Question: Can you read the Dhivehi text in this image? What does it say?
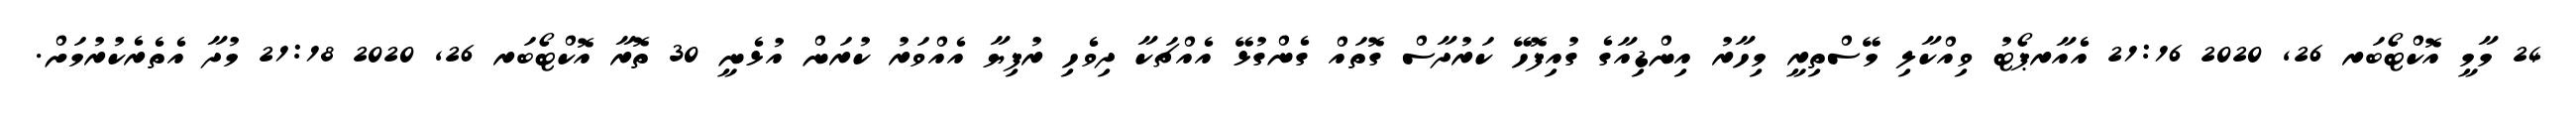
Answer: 24 މާމީ އޮކްޓޯބަރ 26, 2020 21:16 އެއާރޕޯޓު ވިއްކާލި މޭސްތިރީ މިހާރު އިންޑިއާގެ ގުއިފޮހޭ ކަރުދާސް ގޮތައް ގެންގުޅޭ އެއްޗަކާ ދިވެހި ރުފިޔާ އެއްވަރު ކުރަން އުޅެނީ 30 ތޮރާ އޮކްޓޯބަރ 26, 2020 21:18 މުދާ އެތެރެކުރުމަށް.